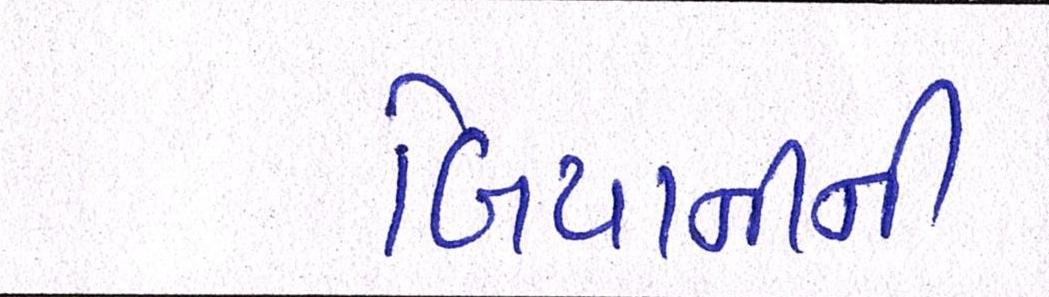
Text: બિયાનીની